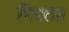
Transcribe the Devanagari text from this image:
मित्रता।